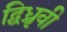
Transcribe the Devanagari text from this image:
द्विध्रृवी